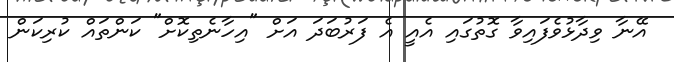
އޭނާ ވިދާޅުވެފައިވާ ގޮތުގައި އެއީ އެ ފަރުބަދަ އަށް "އިހާނެތިކޮށް" ކަންތައް ކުރިކަން